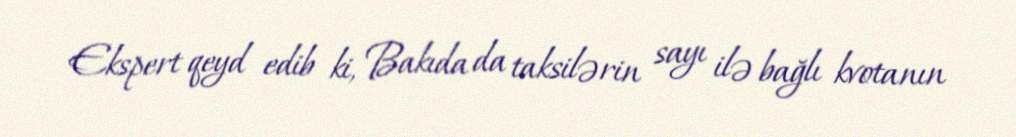
Ekspert qeyd edib ki, Bakıda da taksilərin sayı ilə bağlı kvotanın